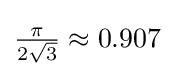
{\textstyle {\frac {\pi }{2{\sqrt {3}}}}\approx 0.907}